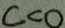
c < 0